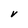
Character: V